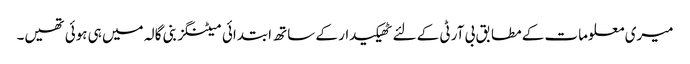
میری معلومات کے مطابق بی آر ٹی کے لئے ٹھیکیدار کے ساتھ ابتدائی میٹنگز بنی گالہ میں ہی ہوئی تھیں۔